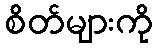
စိတ်များကို